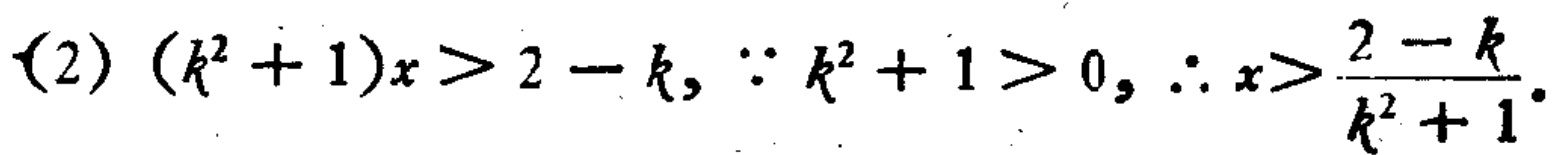
(2) \((k^{2}+1)x > 2 - k,\ \because k^{2}+1>0,\ \therefore x > \frac{2 - k}{k^{2}+1}.\)